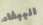
الببغاء